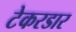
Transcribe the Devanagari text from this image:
टेकरडार